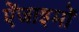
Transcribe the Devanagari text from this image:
ऐंजाइमों